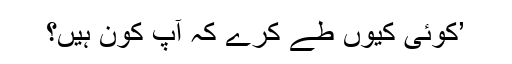
’کوئی کیوں طے کرے کہ آپ کون ہیں؟